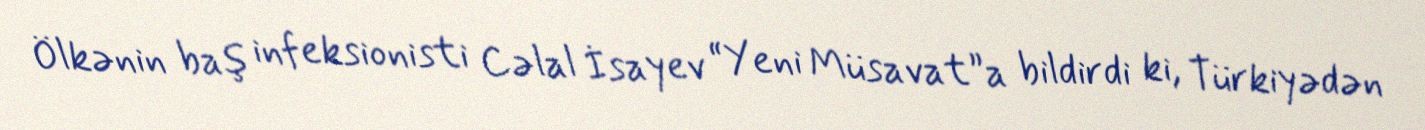
Ölkənin baş infeksionisti Cəlal İsayev “Yeni Müsavat”a bildirdi ki, Türkiyədən